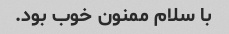
با سلام ممنون خوب بود.